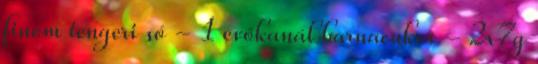
finom tengeri só - 1 evőkanál barnacukor - 2x7g